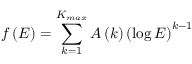
f \left( E \right) = \sum _ { k = 1 } ^ { K _ { m a x } } A \left( k \right) \left( \log E \right) ^ { k - 1 }